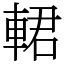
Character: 輑